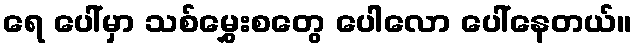
ရေ ပေါ်မှာ သစ်မွှေးစတွေ ပေါလော ပေါ်နေတယ်။